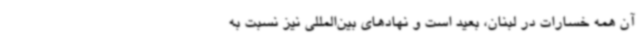
آن همه خسارات در لبنان، بعید است و نهادهای بین‌المللی نیز نسبت به